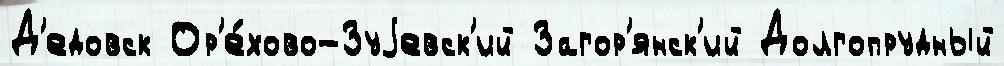
Д'едовск Ор'е́хово-Зуjевск'ий Загор'янск'ий Долгопрудный